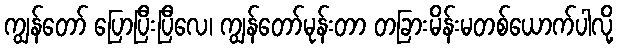
ကျွန်တော် ပြောပြီးပြီလေ၊ ကျွန်တော်မုန်းတာ တခြားမိန်းမတစ်ယောက်ပါလို့